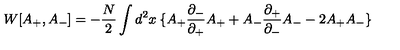
W [ A _ { + } , A _ { - } ] = - { \frac { N } { 2 } } \int d ^ { 2 } x \: \{ A _ { + } { \frac { \partial _ { - } } { \partial _ { + } } } A _ { + } + A _ { - } { \frac { \partial _ { + } } { \partial _ { - } } } A _ { - } - 2 A _ { + } A _ { - } \}